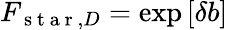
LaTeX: F_{\mathrm{~s~t~a~r~},D}=\exp\left[\delta b\right]